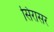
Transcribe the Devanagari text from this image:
सिरासर